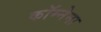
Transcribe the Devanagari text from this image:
कॉम्नेना